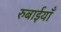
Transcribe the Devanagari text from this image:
रुबाईयाँ